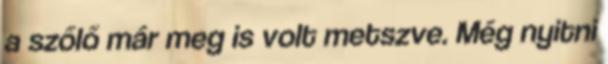
a szőlő már meg is volt metszve. Még nyitni